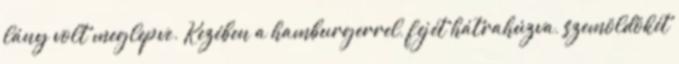
lány volt meglepve. Kezében a hamburgerrel, fejét hátrahúzva, szemöldökét